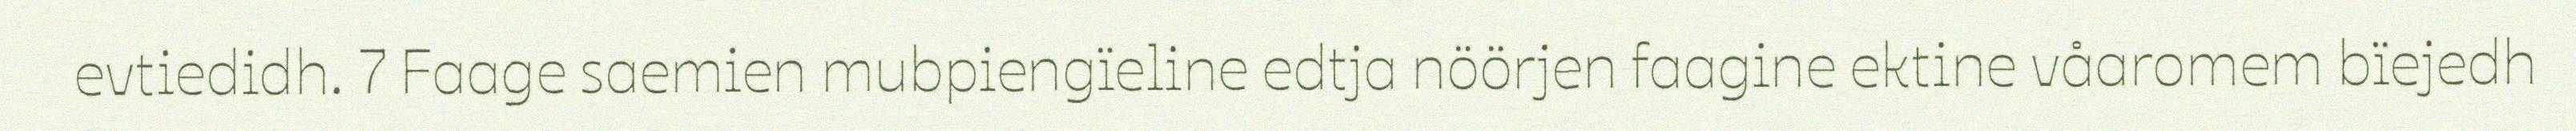
evtiedidh. 7 Faage saemien mubpiengïeline edtja nöörjen faagine ektine våaromem bïejedh